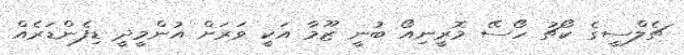
ޗެލްސީގެ ކޯޗު ހޯސޭ މޮރީނިއޯ ބުނީ ޒޫމާ އަކީ ވަރަށް އުންމީދީ ޑިފެންޑަރެއް